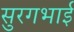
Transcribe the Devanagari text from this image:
सुरगभाई